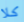
كلا